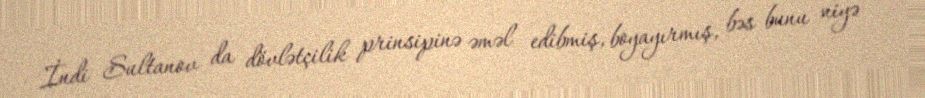
İndi Sultanov da dövlətçilik prinsipinə əməl edibmiş, boyayırmış, bəs bunu niyə